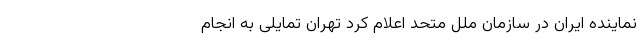
نماینده ایران در سازمان ملل متحد اعلام کرد تهران تمایلی به انجام